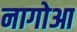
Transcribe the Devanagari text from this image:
नागोआ